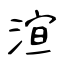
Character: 渲